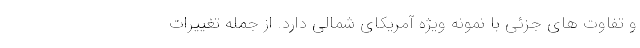
و تفاوت های جزئی با نمونه ویژه آمریکای شمالی دارد. از جمله تغییرات